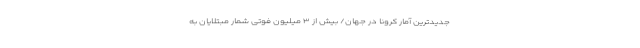
جدیدترین آمار کرونا در جهان/ بیش از ۳ میلیون فوتی شمار مبتلایان به